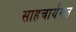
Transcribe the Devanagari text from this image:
साहचार्यगत